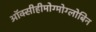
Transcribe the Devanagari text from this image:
ऑक्सीहीमोग्मोग्लोबिन